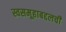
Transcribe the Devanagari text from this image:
स्वसमूहाबद्दलची